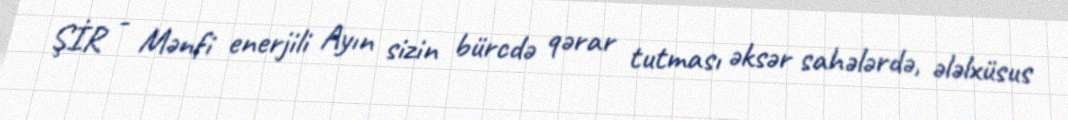
ŞİR - Mənfi enerjili Ayın sizin bürcdə qərar tutması əksər sahələrdə, ələlxüsus